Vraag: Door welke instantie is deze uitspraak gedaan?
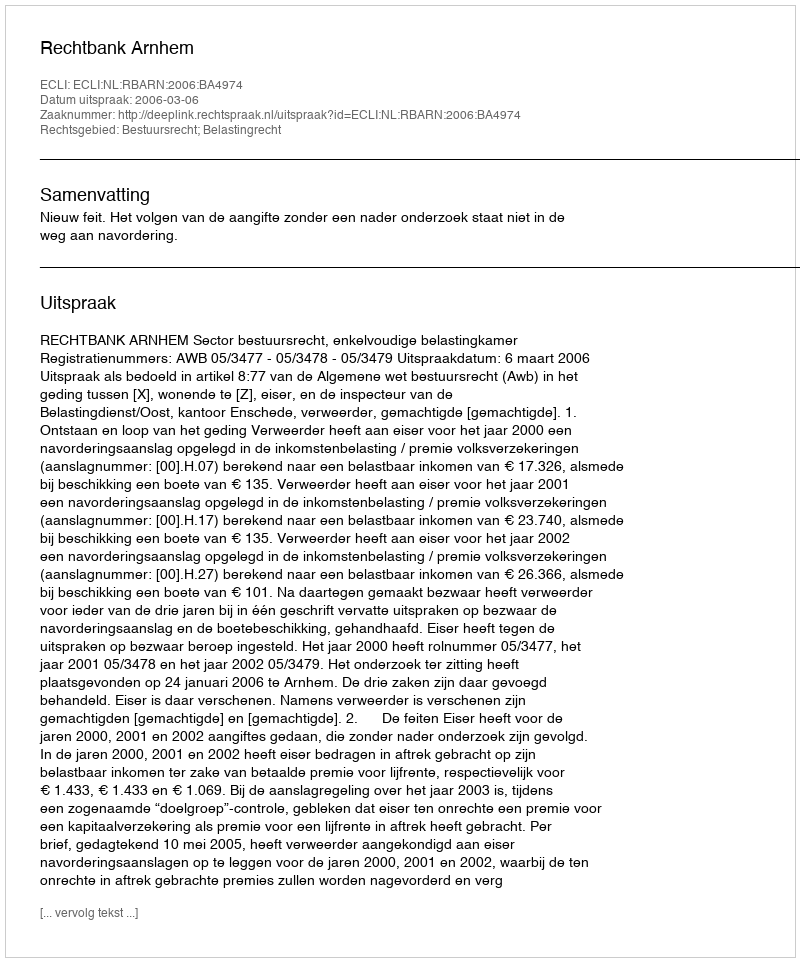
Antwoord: Rechtbank Arnhem